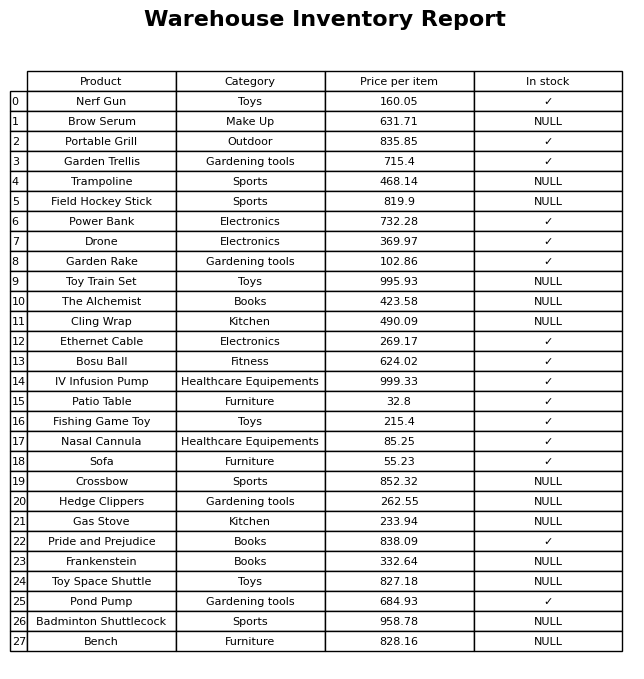
question: What is the price of the Sofa?
answer: The price of Sofa is 55.23.